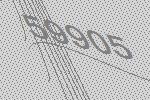
59905